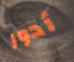
أدور